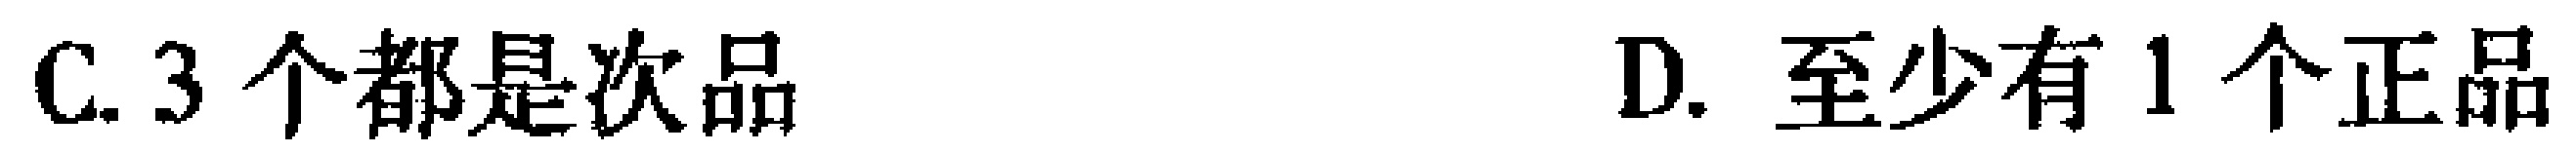
C. 3个都是次品

D. 至少有1个正品